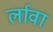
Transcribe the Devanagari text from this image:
र्लावा